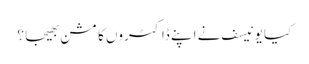
کیا یونیسف نے اپنے ڈاکٹروں کا مشن بھیجا ؟